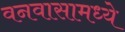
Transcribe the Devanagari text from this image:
वनवासामध्ये